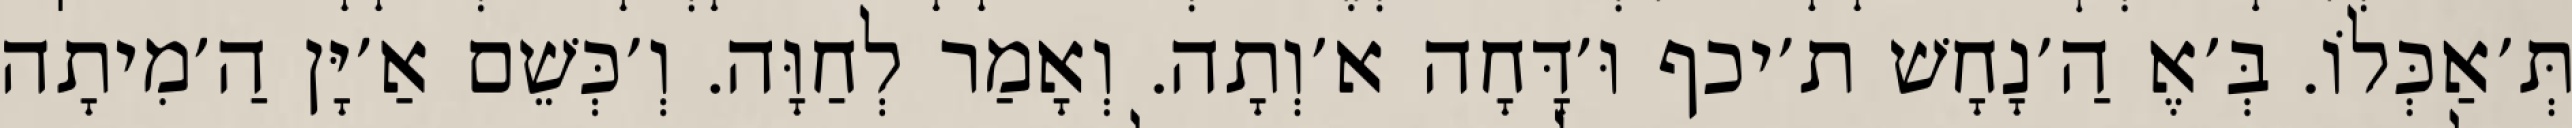
תְּ׳אַכְּלוֹ. בְּ׳אֶ הַ׳נָחָשׁ ת׳יכף וּ׳דָּחָה א׳וְתָה. וְאָמַר לְחַוָּה. וְ׳כְּשֵׁם אַ׳יָּן הַ׳מִיתָה